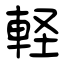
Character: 軽